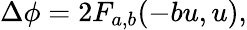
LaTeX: \begin{array}{r}{\Delta\phi=2F_{a,b}(-bu,u),}\end{array}